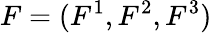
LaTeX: F=(F^{1},F^{2},F^{3})